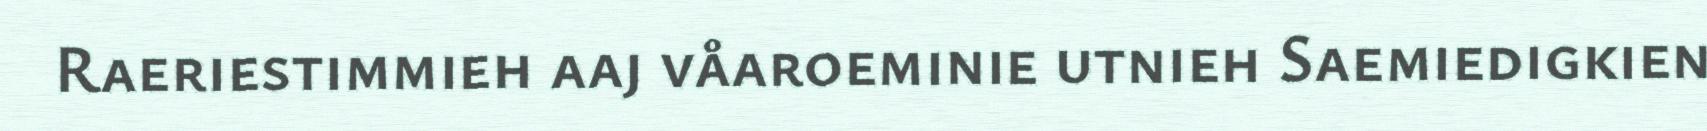
Raeriestimmieh aaj våaroeminie utnieh Saemiedigkien